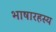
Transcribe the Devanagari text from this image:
भाषारहस्य